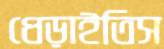
ধেড়াইতিস